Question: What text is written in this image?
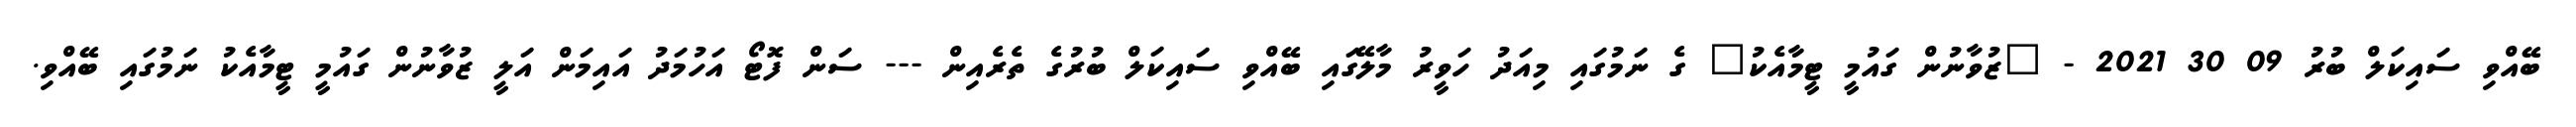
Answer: ބޭއްވި ސައިކަލް ބުރު 09 30 2021 - "ޒުވާނުން ގައުމީ ޓީމާއެކު" ގެ ނަމުގައި މިއަދު ހަވީރު މާލޭގައި ބޭއްވި ސައިކަލް ބުރުގެ ތެރެއިން --- ސަން ފޮޓޯ އަހުމަދު އައިމަން އަލީ ޒުވާނުން ގައުމީ ޓީމާއެކު ނަމުގައި ބޭއްވި.